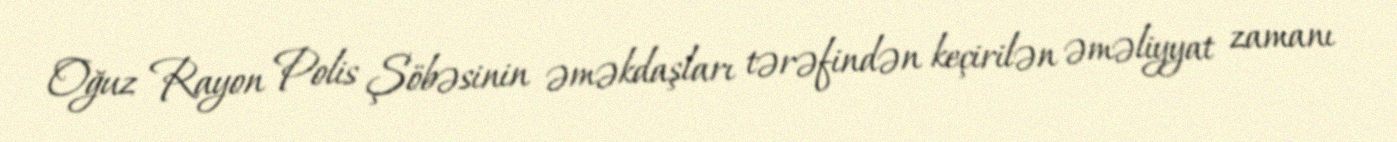
Oğuz Rayon Polis Şöbəsinin əməkdaşları tərəfindən keçirilən əməliyyat zamanı